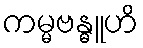
ကမ္မဗန္ဓူဟိ